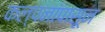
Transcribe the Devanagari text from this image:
कल्पनांपासून